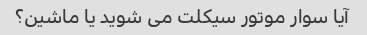
آیا سوار موتور سیکلت می شوید یا ماشین؟